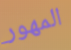
المهور